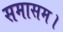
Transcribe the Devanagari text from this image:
समासम।